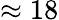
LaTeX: \approx 18